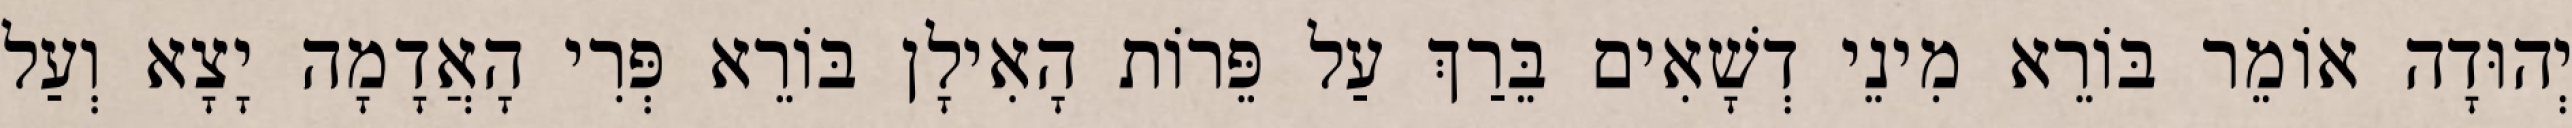
יְהוּדָה אוֹמֵר בּוֹרֵא מִינֵי דְשָׁאִים בֵּרַךְ עַל פֵּרוֹת הָאִילָן בּוֹרֵא פְּרִי הָאֲדָמָה יָצָא וְעַל